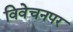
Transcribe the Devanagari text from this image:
विवेचनपर